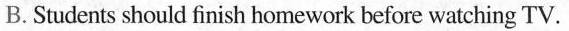
B.Students should finish homework before watching TV.